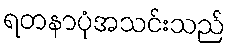
ရတနာပုံအသင်းသည်